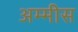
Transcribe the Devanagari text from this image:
अम्मीस